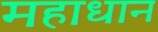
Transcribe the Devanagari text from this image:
महाधान